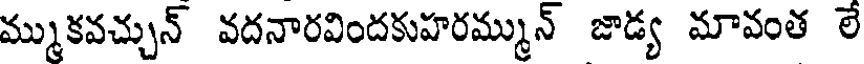
మ్ముకవచ్చున్ వదనారవిందకుహరమ్మున్ జాడ్య మావంత లే